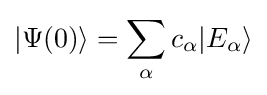
|\Psi (0)\rangle =\sum _{\alpha }c_{\alpha }|E_{\alpha }\rangle